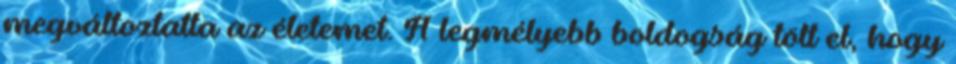
megváltoztatta az életemet. A legmélyebb boldogság tölt el, hogy